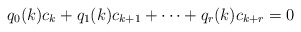
\begin{align*}q_0(k)c_k + q_1(k)c_{k+1} + \dots + q_r(k)c_{k+r} = 0\end{align*}